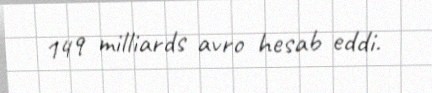
149 milliards avro hesab eddi.